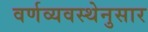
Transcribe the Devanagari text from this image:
वर्णव्यवस्थेनुसार